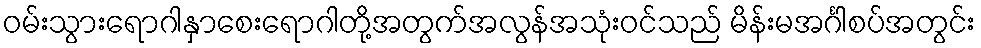
ဝမ်းသွားရောဂါနှာစေးရောဂါတို့အတွက်အလွန်အသုံးဝင်သည် မိန်းမအင်္ဂါစပ်အတွင်း